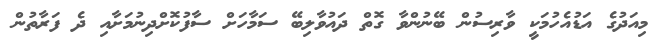
މިއަދުގެ އަޑުއެހުމަކީ ވާރިސުން ބޭނުންވާ ގޮތް ދައުވާލިބޭ ސަމާހަށް ސާފުކޮށްދިނުމަށާއި ދެ ފަރާތުން